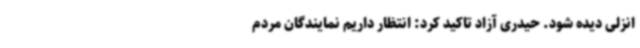
انزلی دیده شود. حیدری آزاد تاکید کرد: انتظار داریم نمایندگان مردم